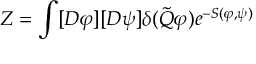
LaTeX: Z = \int [ { \cal D } \varphi ] [ { \cal D } \psi ] \delta ( \tilde { Q } \varphi ) e ^ { - S ( \varphi , \psi ) }